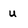
Character: u